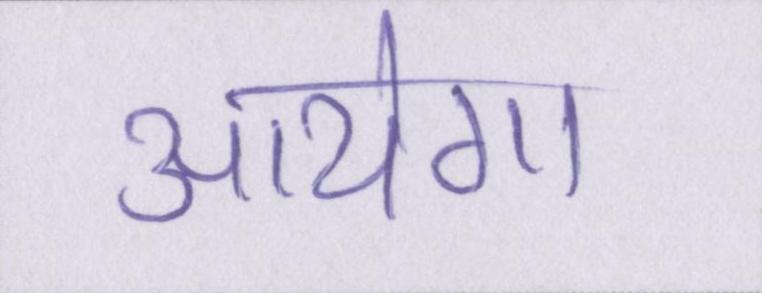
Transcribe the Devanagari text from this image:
आयेगा